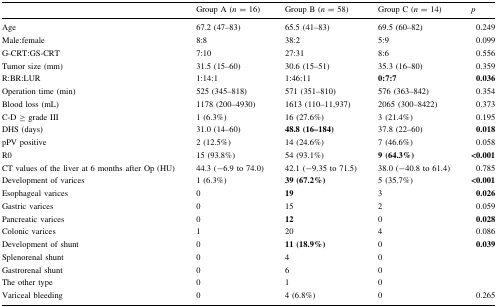
<table><thead><tr><td></td><td><b>Group A (<i>n</i> = 16)</b></td><td><b>Group B (<i>n</i> = 58)</b></td><td><b>Group C (<i>n</i> = 14)</b></td><td><b><i>p</i></b></td></tr></thead><tbody><tr><td>Age</td><td>67.2 (47–83)</td><td>65.5 (41–83)</td><td>69.5 (60–82)</td><td>0.249</td></tr><tr><td>Male:female</td><td>8:8</td><td>38:2</td><td>5:9</td><td>0.099</td></tr><tr><td>G-CRT:GS-CRT</td><td>7:10</td><td>27:31</td><td>8:6</td><td>0.556</td></tr><tr><td>Tumor size (mm)</td><td>31.5 (15–60)</td><td>30.6 (15–51)</td><td>35.3 (16–80)</td><td>0.359</td></tr><tr><td>R:BR:LUR</td><td>1:14:1</td><td>1:46:11</td><td><b>0:7:7</b></td><td><b>0.036</b></td></tr><tr><td>Operation time (min)</td><td>525 (345–818)</td><td>571 (351–810)</td><td>576 (363–842)</td><td>0.354</td></tr><tr><td>Blood loss (mL)</td><td>1178 (200–4930)</td><td>1613 (110–11,937)</td><td>2065 (300–8422)</td><td>0.373</td></tr><tr><td>C-D ≥ grade III</td><td>1 (6.3%)</td><td>16 (27.6%)</td><td>3 (21.4%)</td><td>0.195</td></tr><tr><td>DHS (days)</td><td>31.0 (14–60)</td><td><b>48.8 (16–184)</b></td><td>37.8 (22–60)</td><td><b>0.018</b></td></tr><tr><td>pPV positive</td><td>2 (12.5%)</td><td>14 (24.6%)</td><td>7 (46.6%)</td><td>0.058</td></tr><tr><td>R0</td><td>15 (93.8%)</td><td>54 (93.1%)</td><td><b>9 (64.3%)</b></td><td><b>&lt;0.001</b></td></tr><tr><td>CT values of the liver at 6 months after Op (HU)</td><td>44.3 (−6.9 to 74.0)</td><td>42.1 (−9.35 to 71.5)</td><td>38.0 (−40.8 to 61.4)</td><td>0.785</td></tr><tr><td>Development of varices</td><td>1 (6.3%)</td><td><b>39 (67.2%)</b></td><td>5 (35.7%)</td><td><b>&lt;0.001</b></td></tr><tr><td>Esophageal varices</td><td>0</td><td><b>19</b></td><td>3</td><td><b>0.026</b></td></tr><tr><td>Gastric varices</td><td>0</td><td>15</td><td>2</td><td>0.059</td></tr><tr><td>Pancreatic varices</td><td>0</td><td><b>12</b></td><td>0</td><td><b>0.028</b></td></tr><tr><td>Colonic varices</td><td>1</td><td>20</td><td>4</td><td>0.086</td></tr><tr><td>Development of shunt</td><td>0</td><td><b>11 (18.9%)</b></td><td>0</td><td><b>0.039</b></td></tr><tr><td>Splenorenal shunt</td><td>0</td><td>4</td><td>0</td><td></td></tr><tr><td>Gastrorenal shunt</td><td>0</td><td>6</td><td>0</td><td></td></tr><tr><td>The other type</td><td>0</td><td>1</td><td>0</td><td></td></tr><tr><td>Variceal bleeding</td><td>0</td><td>4 (6.8%)</td><td>0</td><td>0.265</td></tr></tbody></table>